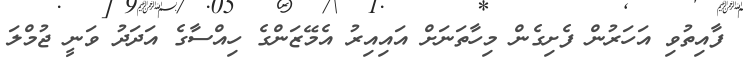
ފާއިތުވި އަހަރުން ފެށިގެން މިހާތަނަށް އައިއިރު އެމޭޒަންގެ ހިއްސާގެ އަދަދު ވަނީ ޖުމްލަ